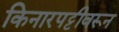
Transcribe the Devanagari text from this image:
किनारपट्टीवरून